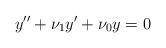
LaTeX: \begin{align*} y'' + \nu_1 y' + \nu_0 y =0\end{align*}